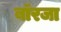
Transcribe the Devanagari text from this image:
बॉरजा